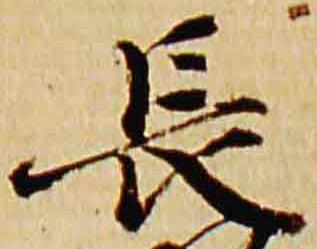
長